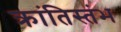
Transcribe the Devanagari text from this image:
क्रांतिस्तंभ